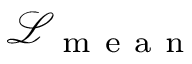
\mathcal { L } _ { \mathrm { ~ m ~ e ~ a ~ n ~ } }